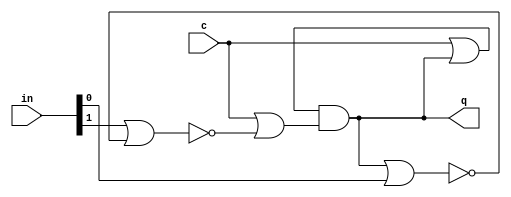
//   RS-  -

module gated_rs_latch_nor(
    input [1:0] in,
    input c,
    output reg q);

initial q = 0;

always @*
    q = (c | q) & (c | ~(in[1] | ~(q | in[0])));

endmodule